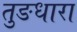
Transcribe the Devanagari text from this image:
तुङधारा